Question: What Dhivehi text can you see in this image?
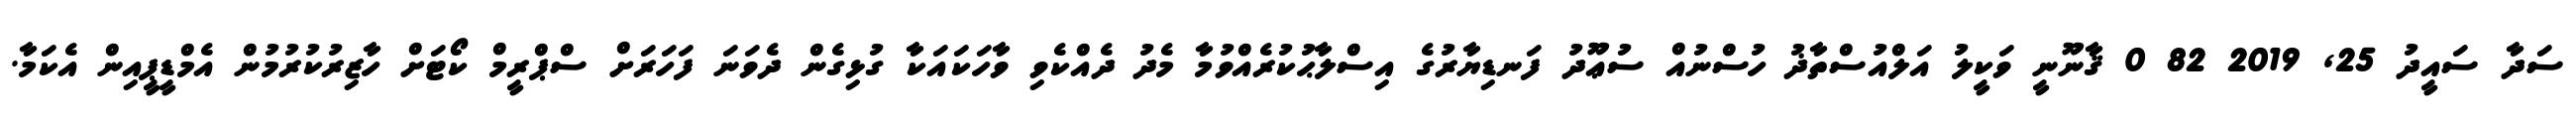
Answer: ސަދާ ސައީދު 25, 2019 82 0 ޤާނޫނީ ވަކީލު އަލްއުސްތާޛު ހުސްނުއް ސުޢޫދު ފަނޑިޔާރުގެ އިސްލާޙުކުރެއްވުމާ މެދު ދެއްކެވި ވާހަކައަކާ ގުޅިގެން ދެވަނަ ފަހަރަށް ސްޕްރީމް ކޯޓަށް ހާޒިރުކުރުމުން އެމްޑީޕީއިން އެކަމާ.